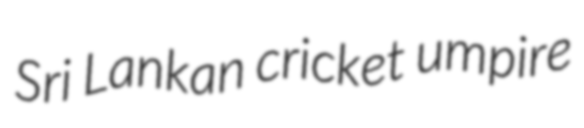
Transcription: Sri Lankan cricket umpire